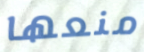
منعها